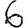
Digit: 6